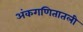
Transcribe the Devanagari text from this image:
अंकगणितातली